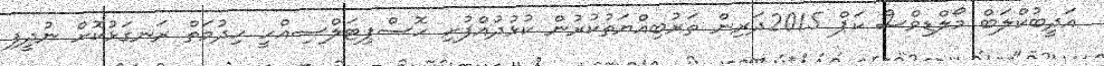
އަދީބުކްލަބް މޯލްޑިވްސް ކަޕް 2015ދަރިން ތަރުބިއްޔަތުކުރުން ކުޅުދުއްފުށި ހޮސްޕިޓަލްސިއްހީ ހިދުމަތް ރަނގަޅުކޮށް ނުދީފި